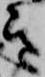
き